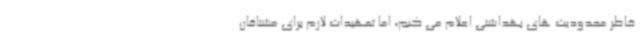
خاطر محدودیت های بهداشتی اعلام می کنم، اما تمهیدات لازم برای مشتاقان